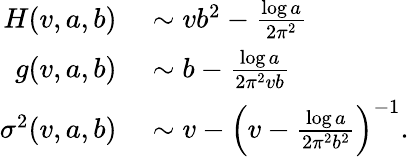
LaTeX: \begin{array}{rl}{H(v,a,b)}&{{}\sim vb^{2}-\frac{\log a}{2\pi^{2}}}\\ {g(v,a,b)}&{{}\sim b-\frac{\log a}{2\pi^{2}vb}}\\ {\sigma^{2}(v,a,b)}&{{}\sim v-\left(v-\frac{\log a}{2\pi^{2}b^{2}}\right)^{-1}.}\end{array}